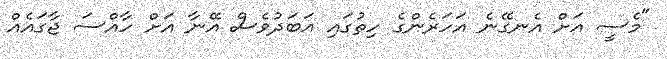
"މެސީ އަށް އެނގޭނެ އަހަރެންގެ ހިތުގައި އަބަދުވެސް އޭނާ އަށް ހާއްސަ ޖާގައެއް